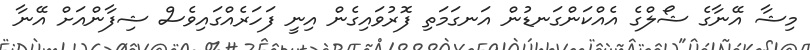
މިޝާ އޭނާގެ ޝޯލްގެ އެއްކަންގަނޑުން އަނގަމަތި ފޮރުވައިގެން އިނީ ފަހަރެއްގައިވެސް ޝިފާންއަށް އޭނާ